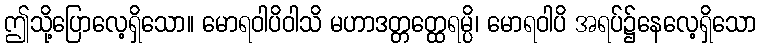
ဤသို့ပြောလေ့ရှိသော။ မောရဝါပိဝါသိ မဟာဒတ္တတ္ထေရမ္ပိ၊ မောရဝါပိ အရပ်၌နေလေ့ရှိသော